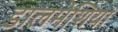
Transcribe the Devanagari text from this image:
डालमेशिया